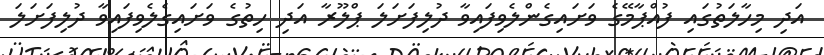
އަދި މިހާލަތުގައި ފުއްޕާމޭގެ ވަށައިގެންލެވިފައިވާ ދުލިފަށަލަ ޕްލޫރާ އަދި ހިތުގެ ވަށައިގެލެވިފައިވާ ދުލިފަށަލަ